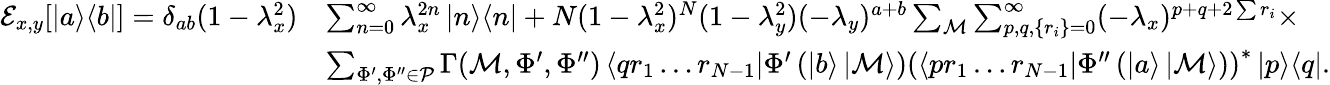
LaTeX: \begin{array}{rl}{\mathcal{E}_{x,y}[\left|a\middle>\middle<b\right|]=\delta_{ab}(1-\lambda_{x}^{2})}&{\sum_{n=0}^{\infty}\lambda_{x}^{2n}\left|n\middle>\middle<n\right|+N(1-\lambda_{x}^{2})^{N}(1-\lambda_{y}^{2})(-\lambda_{y})^{a+b}\sum_{\mathcal{M}}\sum_{p,q,\{ r_{i}\} =0}^{\infty}(-\lambda_{x})^{p+q+2\sum r_{i}}\times}\\ &{\sum_{\Phi^{\prime},\Phi^{\prime\prime}\in\mathcal{P}}\Gamma(\mathcal{M},\Phi^{\prime},\Phi^{\prime\prime})\left<qr_{1}\ldots r_{N-1}\right|\Phi^{\prime}\left(\left|b\right>\left|\mathcal{M}\right>\right)\left(\left<pr_{1}\ldots r_{N-1}\right|\Phi^{\prime\prime}\left(\left|a\right>\left|\mathcal{M}\right>\right)\right)^{*}\left|p\middle>\middle<q\right|.}\end{array}